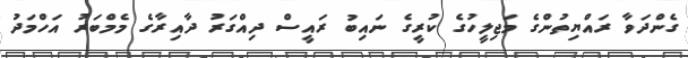
ގެންދަވާ ރައްޔިތުންގެ މަޖިލީހުގެ ކުރީގެ ނައިބު ރައީސް ދިއްގަރު ދާއިރާގެ މެމްބަރު އަހްމަދު